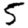
Digit: 5